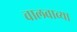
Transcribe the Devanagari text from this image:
चालवाव्या